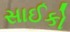
સાઈકો